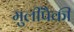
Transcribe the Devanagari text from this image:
मुलींपैकी